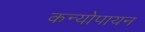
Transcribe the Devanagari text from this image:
कन्योपायन